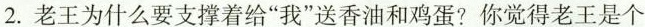
2.老王为什么要支撑着给”我”送香油和鸡蛋?你觉得老王是个